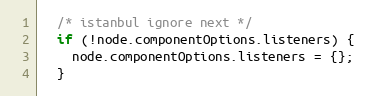
Language: JavaScript
  /* istanbul ignore next */
  if (!node.componentOptions.listeners) {
    node.componentOptions.listeners = {};
  }